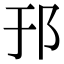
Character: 邘